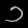
Digit: ၁